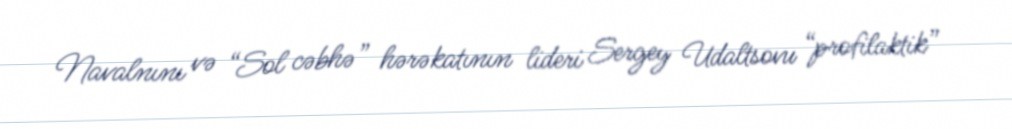
Navalnını və “Sol cəbhə” hərəkatının lideri Sergey Udaltsovu “profilaktik”